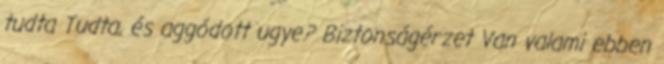
tudta Tudta, és aggódott ugye? Biztonságérzet Van valami ebben